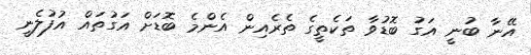
އޭނާ ބުނީ އަގު ބޮޑުވާ ތަކެތީގެ ތެރެއިން އެންމެ ބޮޑަށް އަގުތައް އުފުލެނީ